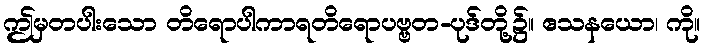
ဤမှတပါးသော တိရောပါကာရတိရောပဗ္ဗတ-ပုဒ်တို့၌။ ဧသနယော၊ ကို။